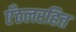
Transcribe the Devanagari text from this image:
एँठलरहित